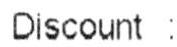
DISCOUNT :